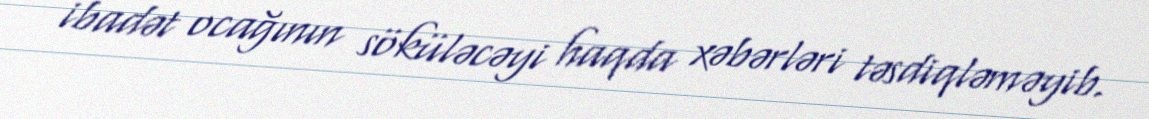
ibadət ocağının söküləcəyi haqda xəbərləri təsdiqləməyib.